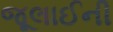
જૂલાઈની